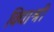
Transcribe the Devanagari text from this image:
विद्याश्री